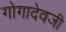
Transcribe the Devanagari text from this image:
गोगादेवजी